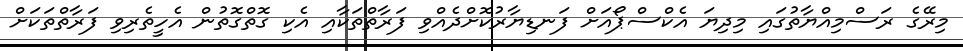
މިރޭގެ ރަސްމިއްޔާތުގައި މިދިޔަ އެކްސްޕޯއަށް ފަނޑިޔާރުކޮށްދެއްވި ފަރާތްތަކާއި އެކި ގޮތްގޮތުން އެހީތެރިވި ފަރާތްތަކަށް